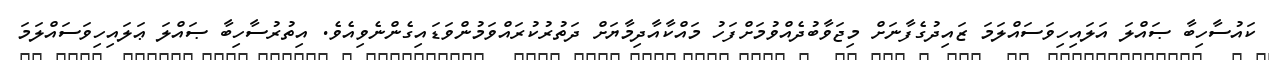
ކައުސާހިބާ ޞައްލަ އަލައިހިވަސައްލަމަ ޒައިދުގެފާނަށް މިޖަވާބުދެއްވުމަށްފަހު މައްކާއާދިމާޔަށް ދަތުރުކުރައްވަމުންވަޑައިގެންނެވިއެވެ. އިތުރުސާހިބާ ޞައްލަ ޢަލައިހިވަސައްލަމަ